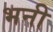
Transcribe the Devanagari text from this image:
भनी